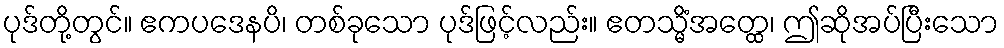
ပုဒ်တို့တွင်။ ဧကပဒေနပိ၊ တစ်ခုသော ပုဒ်ဖြင့်လည်း။ ဧတသ္မိံအတ္ထေ၊ ဤဆိုအပ်ပြီးသော